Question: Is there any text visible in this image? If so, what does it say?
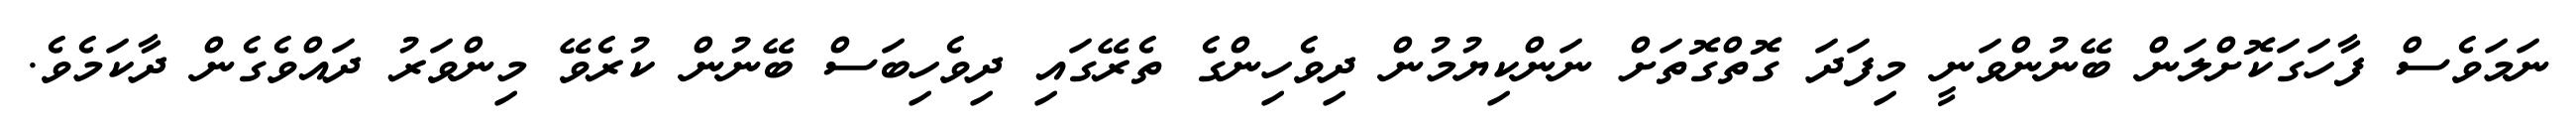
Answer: ނަމަވެސް ފާހަގަކޮށްލަން ބޭނުންވަނީ މިފަދަ ގޮތްގޮތަށް ނަންކިޔުމުން ދިވެހިންގެ ތެރޭގައި ދިވެހިބަސް ބޭނުން ކުރެވޭ މިންވަރު ދައްވެގެން ދާކަމެވެ.